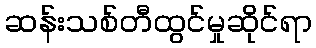
ဆန်းသစ်တီထွင်မှုဆိုင်ရာ